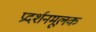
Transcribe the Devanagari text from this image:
प्रदर्शनमूलक